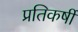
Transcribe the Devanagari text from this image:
प्रतिकर्षी